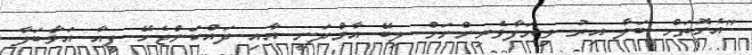
"އެގޮތަށް ބަލާ އިރު ވިޔަފާވެރިންނަށް ލިބޭ އާމްދަނީ އާއި ދައްކަންޖެހޭ ފީއާ އަޅާބަލާ